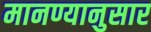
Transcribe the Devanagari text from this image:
मानण्यानुसार